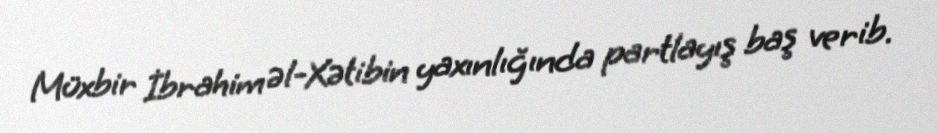
Müxbir İbrahim əl-Xətibin yaxınlığında partlayış baş verib.